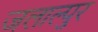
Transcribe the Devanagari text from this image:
जलाल्पुर